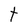
Character: t